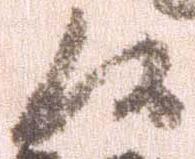
候